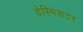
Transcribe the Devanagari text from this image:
वेस्मिंसटर